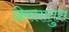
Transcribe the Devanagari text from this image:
क्रिस्‍तातुस